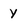
Character: Y